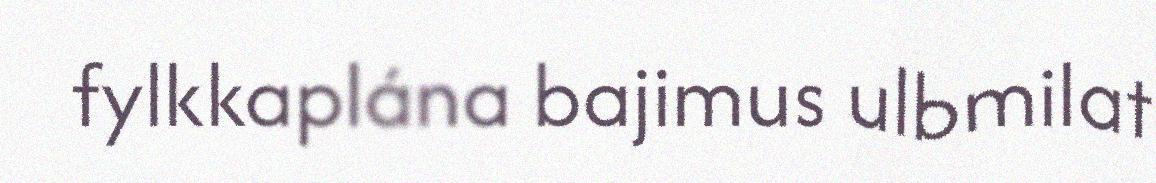
fylkkaplána bajimus ulbmilat